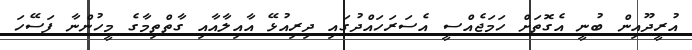
އުރީދޫއިން ބުނީ އެގޮތަށް ހަމަޖެއްސީ އެސަރަހައްދުގައި ދިރިއުޅޭ އާއިލާއާއި ގާތްތިމާގެ މީހުންނާ ފަސޭހަ